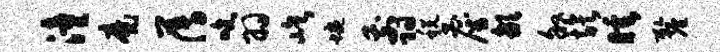
潼魔薄吮羽屹蜿翦税雇歙叙族睡厘